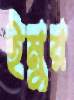
ইমুর